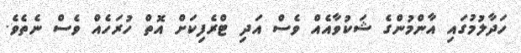
ހަދާލުމުގައި އާންމުންގެ ޝަކުވާއެއް ވެސް އަދި ޓްރެފިކަށް އޮތް ހުރަހެއް ވެސް ނެތެވެ.